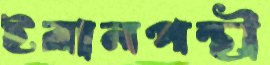
ইরানপন্থী